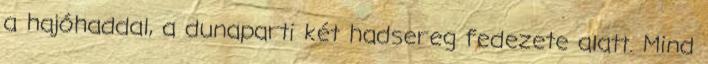
a hajóhaddal, a dunaparti két hadsereg fedezete alatt. Mind